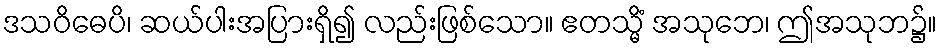
ဒသဝိဓေပိ၊ ဆယ်ပါးအပြားရှိ၍ လည်းဖြစ်သော။ ဧတသ္မိံ အသုဘေ၊ ဤအသုဘ၌။